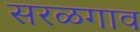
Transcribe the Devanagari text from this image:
सरळगाव